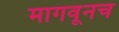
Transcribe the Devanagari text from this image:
मागवूनच